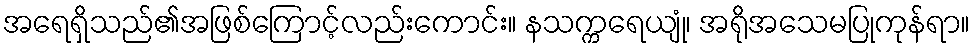
အရေရှိသည်၏အဖြစ်ကြောင့်လည်းကောင်း။ နသက္ကရေယျုံ၊ အရိုအသေမပြုကုန်ရာ။